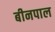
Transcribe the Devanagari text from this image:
बीनपाल